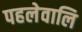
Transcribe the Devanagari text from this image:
पहलेवालि